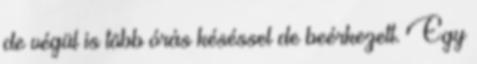
de végül is több órás késéssel de beérkezett. Egy